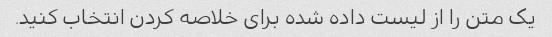
یک متن را از لیست داده شده برای خلاصه کردن انتخاب کنید.